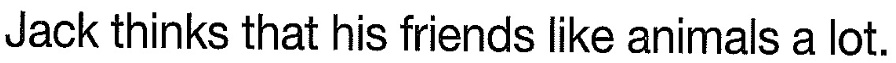
Jack thinks that his friends like animals a lot.